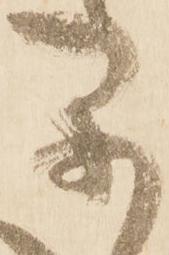
早